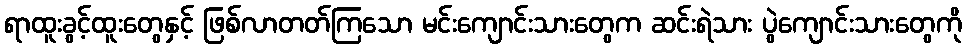
ရာထူးခွင့်ထူးတွေနှင့် ဖြစ်လာတတ်ကြသော မင်းကျောင်းသားတွေက ဆင်းရဲသား ပွဲကျောင်းသားတွေကို